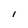
Character: I